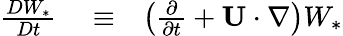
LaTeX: \begin{array}{rlr}{\frac{DW_{\ast}}{Dt}}&{{}\equiv}&{\left({\frac{\partial}{\partial t}+{\mathbf{U}}\cdot\nabla}\right)W_{\ast}}\end{array}